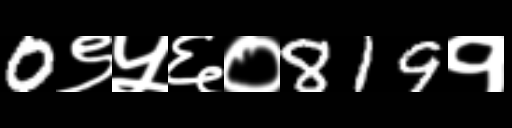
Text: 0९५६०819१